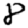
Digit: 8